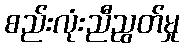
စည်းလုံးညီညွတ်မှု